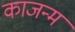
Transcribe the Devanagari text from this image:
काजन्‍म